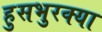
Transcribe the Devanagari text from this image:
हुसभुरक्या